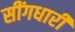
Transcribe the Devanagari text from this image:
सींगधारी